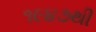
૧૯૪૭થી